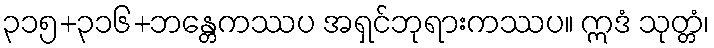
၃၁၅+၃၁၆+ဘန္တေကဿပ အရှင်ဘုရားကဿပ။ ဣဒံ သုတ္တံ၊